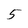
Character: 5